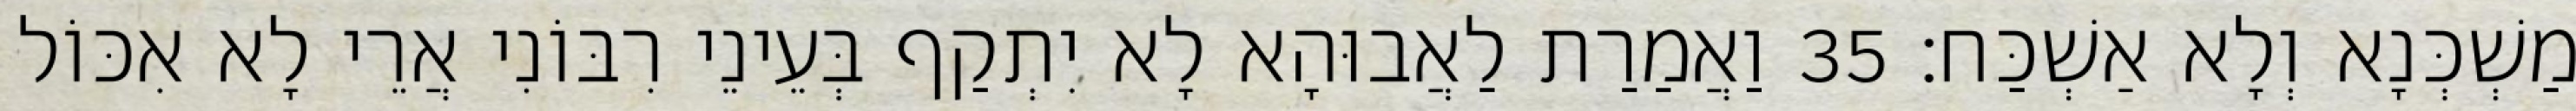
מַשְׁכְּנָא וְלָא אַשְׁכַּח׃ 35 וַאֲמַרַת לַאֲבוּהָא לָא יִתְקַף בְּעֵינֵי רִבּוֹנִי אֲרֵי לָא אִכּוֹל